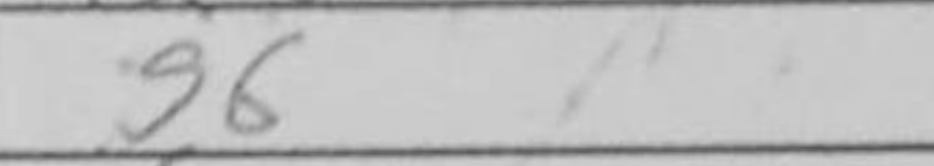
Transcription: g6